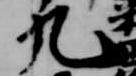
九